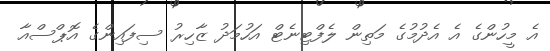
އެ މީހުންގެ އެ އެދުމުގެ މަތިން ލެފްޓިނެޓް އަހުމަދު ޒާހިރު ސިފައިންގެ އޮޕްސްއާ